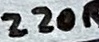
Text: 220R